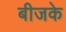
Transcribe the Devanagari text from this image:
बीजके